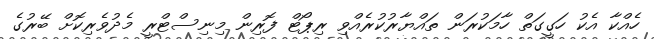
ހެއްކާ އެކު ހަގީގަތް ހާމަކުރަން ތައްޔާރުކުރެއްވި ރިޕޯޓް ފޮރިން މިނިސްޓްރީ މެދުވެރިކޮށް ބޭރުގެ